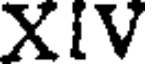
XIV